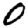
Digit: 0